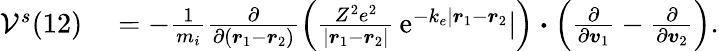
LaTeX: \begin{array}{rl}{\mathcal{V}^{s}(12)}&{{}=-\frac{1}{m_{i}}\frac{\partial}{\partial(\boldsymbol{r}_{1}-\boldsymbol{r}_{2})}\left(\frac{Z^{2}e^{2}}{|\boldsymbol{r}_{1}-\boldsymbol{r}_{2}|}\, \mathrm{e}^{-k_{e}|\boldsymbol{r}_{1}-\boldsymbol{r}_{2}}|\right)\boldsymbol{\cdot}\left(\frac{\partial}{\partial\boldsymbol{v}_{1}}-\frac{\partial}{\partial\boldsymbol{v}_{2}}\right).}\end{array}